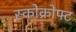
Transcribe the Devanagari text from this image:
स्कोक्रोफ्ट